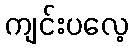
ကျင်းပလေ့